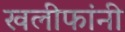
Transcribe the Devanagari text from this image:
खलीफांनी